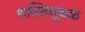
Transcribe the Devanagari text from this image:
शक्तिसूचक